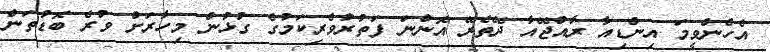
އެހެންވީމަ އިންޑިއާ ރާއްޖޭއާ ދޭތެރޭ އޮންނަ ފަތުރުވެރިކަމުގެ ގުޅުން މިހާރަށް ވުރެ ބޮޑުތަން